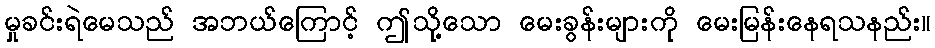
မှုခင်းရဲမေသည် အဘယ်ကြောင့် ဤသို့သော မေးခွန်းများကို မေးမြန်းနေရသနည်း။